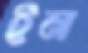
ইন